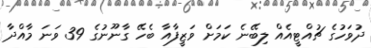
ދުވަހުގެ ޗުއްޓީއެއް ލިބޭނެ ކަމަށް ވަޒީފާއާ ބެހޭ ގާނޫނުގެ 39 ވަނަ މާއްދާ